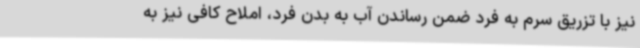
نیز با تزریق سرم به فرد ضمن رساندن آب به بدن فرد، املاح کافی نیز به